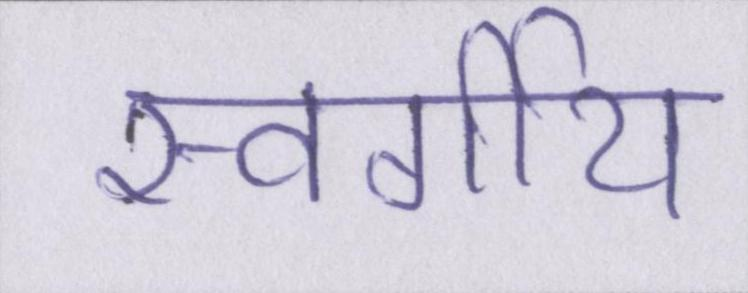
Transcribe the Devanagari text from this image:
स्वर्गीय